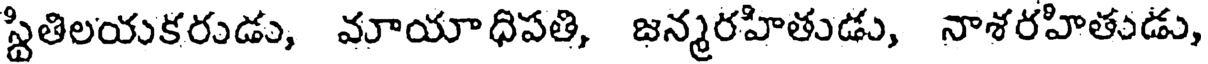
స్థితిలయకరుడు, మాయాధిపతి, జన్మరహితుడు, నాశరహితుడు,